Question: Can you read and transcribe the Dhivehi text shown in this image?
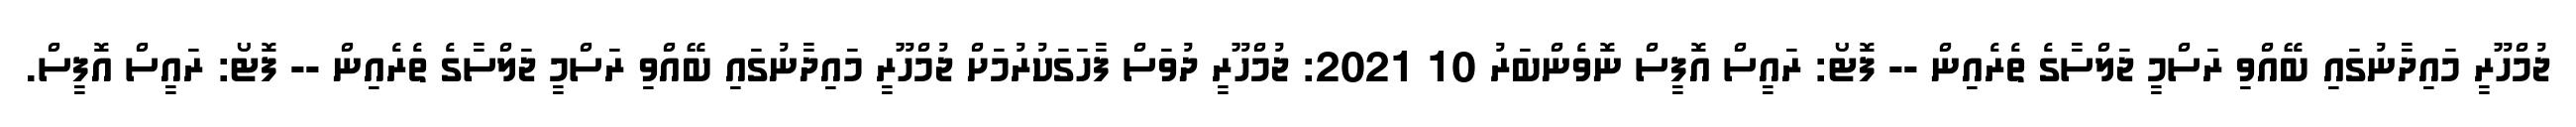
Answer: ޖުމްހޫރީ މައިދާނުގައި ބޭއްވި ރަސްމީ ޖަލްސާގެ ތެރެއިން -- ފޮޓޯ: ރައީސް އޮފީސް ނޮވެންބަރު 10 2021: ޖުމްހޫރީ ދުވަސް ފާހަގަކުރުމަށް ޖުމްހޫރީ މައިދާނުގައި ބޭއްވި ރަސްމީ ޖަލްސާގެ ތެރެއިން -- ފޮޓޯ: ރައީސް އޮފީސް.